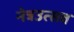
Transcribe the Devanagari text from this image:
नेत्रउत्सव